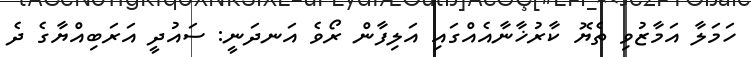
ހަމަލާ އަމާޒުވި ތެޔޮ ކާރުޚާނާއެއްގައި އަލިފާން ރޯވެ އަނދަނީ: ސައުދީ އަރަބިއްޔާގެ ދެ